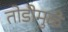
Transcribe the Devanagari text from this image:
तोडीमुळे